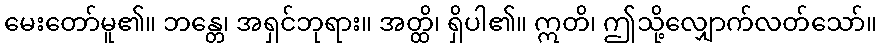
မေးတော်မူ၏။ ဘန္တေ၊ အရှင်ဘုရား။ အတ္ထိ၊ ရှိပါ၏။ ဣတိ၊ ဤသို့လျှောက်လတ်သော်။